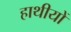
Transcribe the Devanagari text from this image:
हाथीयों